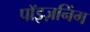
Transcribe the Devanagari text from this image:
पॉइज़निंग